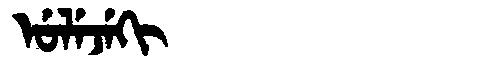
Manchu: ᡠᠯᡝᠵᡝᡴᡳ
Romanization: ULEJEKI